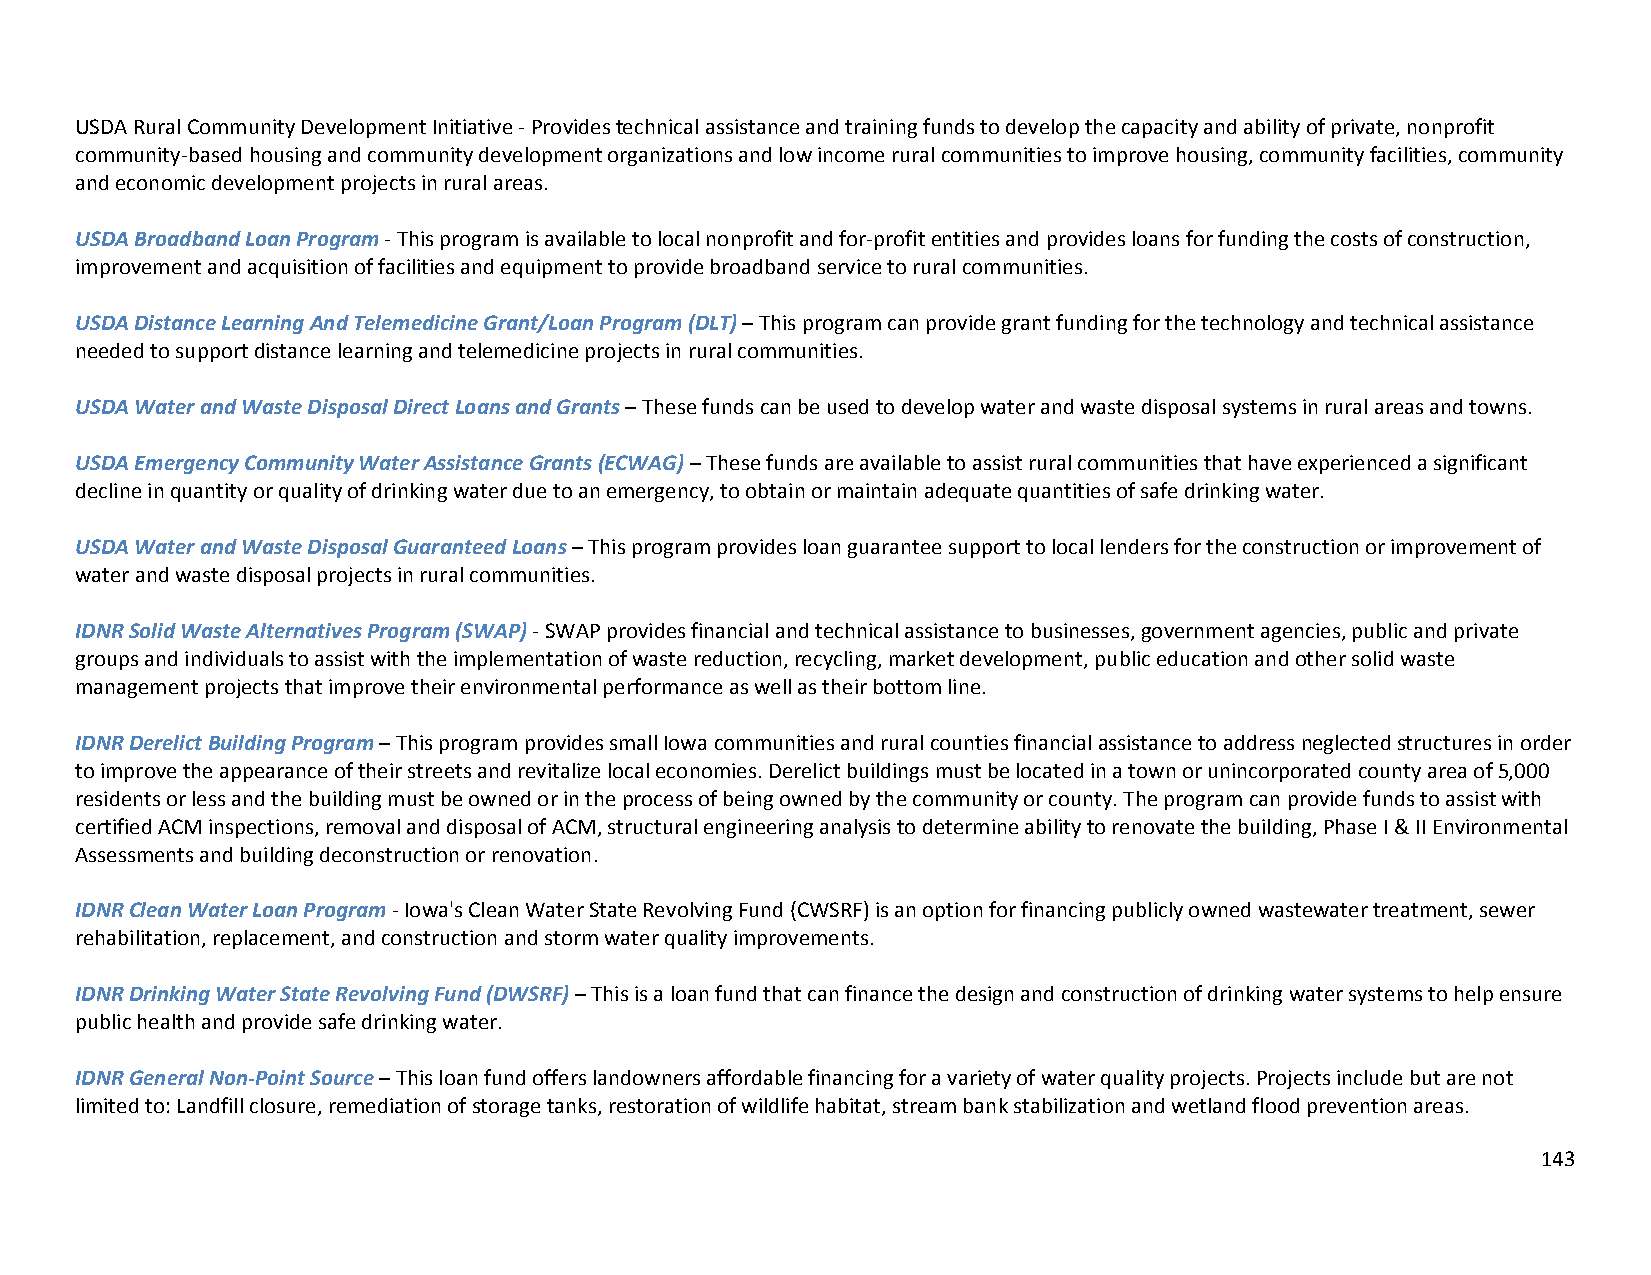
USDA Rural Community Development Initiative ‐ Provides technical assistance and training funds to develop the capacity and ability of private, nonprofit
 community‐based housing and community development organizations and low income rural communities to improve housing, community facilities, community
 and economic development projects in rural areas.
 USDA Broadband Loan Program ‐ This program is available to local nonprofit and for‐profit entities and provides loans for funding the costs of construction,
 improvement and acquisition of facilities and equipment to provide broadband service to rural communities.
 USDA Distance Learning And Telemedicine Grant/Loan Program (DLT) – This program can provide grant funding for the technology and technical assistance
 needed to support distance learning and telemedicine projects in rural communities.
 USDA Water and Waste Disposal Direct Loans and Grants – These funds can be used to develop water and waste disposal systems in rural areas and towns.
 USDA Emergency Community Water Assistance Grants (ECWAG) – These funds are available to assist rural communities that have experienced a significant
 decline in quantity or quality of drinking water due to an emergency, to obtain or maintain adequate quantities of safe drinking water.
 USDA Water and Waste Disposal Guaranteed Loans – This program provides loan guarantee support to local lenders for the construction or improvement of
 water and waste disposal projects in rural communities.
 IDNR Solid Waste Alternatives Program (SWAP) ‐ SWAP provides financial and technical assistance to businesses, government agencies, public and private
 groups and individuals to assist with the implementation of waste reduction, recycling, market development, public education and other solid waste
 management projects that improve their environmental performance as well as their bottom line.
 IDNR Derelict Building Program – This program provides small Iowa communities and rural counties financial assistance to address neglected structures in order
 to improve the appearance of their streets and revitalize local economies. Derelict buildings must be located in a town or unincorporated county area of 5,000
 residents or less and the building must be owned or in the process of being owned by the community or county. The program can provide funds to assist with
 certified ACM inspections, removal and disposal of ACM, structural engineering analysis to determine ability to renovate the building, Phase I & II Environmental
 Assessments and building deconstruction or renovation.
 IDNR Clean Water Loan Program ‐ Iowa's Clean Water State Revolving Fund (CWSRF) is an option for financing publicly owned wastewater treatment, sewer
 rehabilitation, replacement, and construction and storm water quality improvements.
 IDNR Drinking Water State Revolving Fund (DWSRF) – This is a loan fund that can finance the design and construction of drinking water systems to help ensure
 public health and provide safe drinking water.
 IDNR General Non‐Point Source – This loan fund offers landowners affordable financing for a variety of water quality projects. Projects include but are not
 limited to: Landfill closure, remediation of storage tanks, restoration of wildlife habitat, stream bank stabilization and wetland flood prevention areas.
 143